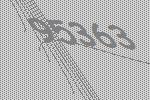
95363